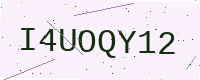
Text: I4UOQY12